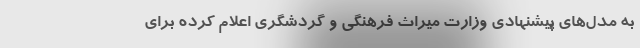
به مدل‌های پیشنهادی وزارت میراث فرهنگی و گردشگری اعلام کرده برای